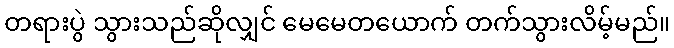
တရားပွဲ သွားသည်ဆိုလျှင် မေမေတယောက် တက်သွားလိမ့်မည်။